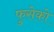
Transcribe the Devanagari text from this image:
फुसेको